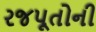
રજપૂતોની